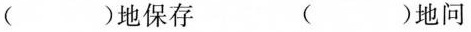
()地保存 ()地问